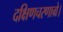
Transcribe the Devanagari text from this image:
दक्षिणचरणाग्रे।